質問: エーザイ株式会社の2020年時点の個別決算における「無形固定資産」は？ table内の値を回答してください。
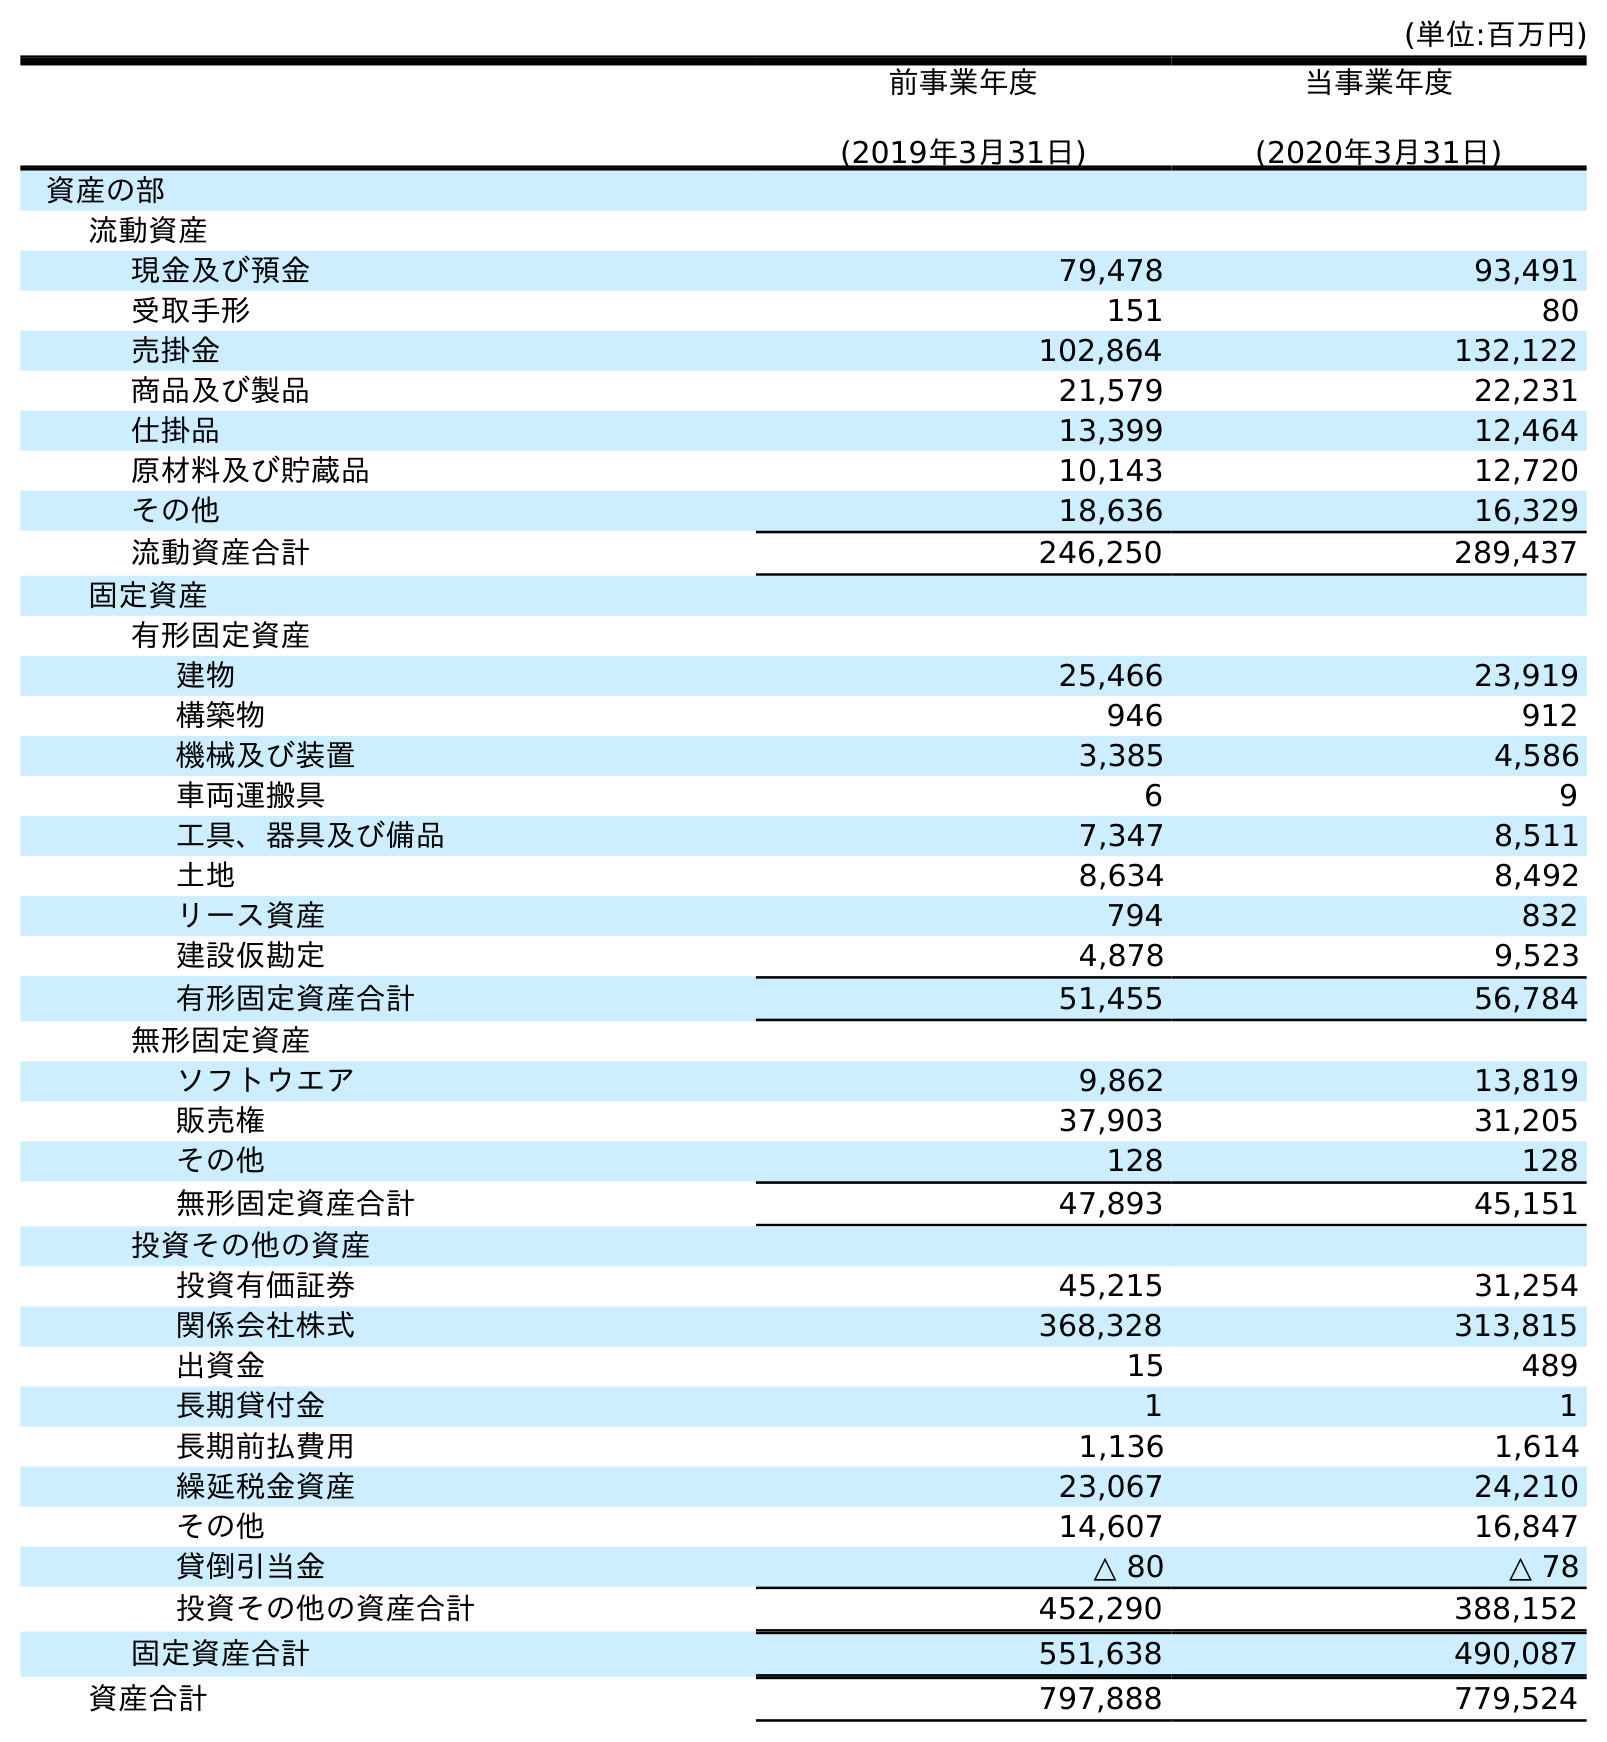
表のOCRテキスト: (単位:百万円) 前事業年度 (2019年3月31日) 当事業年度 (2020年3月31日) 資産の部 流動資産 現金及び預金 79,478 93,491 受取手形 151 80 売掛金 102,864 132,122 商品及び製品 21,579 22,231 仕掛品 13,399 12,464 原材料及び貯蔵品 10,143 12,720 その他 18,636 16,329 流動資産合計 246,250 289,437 固定資産 有形固定資産 建物 25,466 23,919 構築物 946 912 機械及び装置 3,385 4,586 車両運搬具 6 9 工具、器具及び備品 7,347 8,511 土地 8,634 8,492 リース資産 794 832 建設仮勘定 4,878 9,523 有形固定資産合計 51,455 56,784 無形固定資産 ソフトウエア 9,862 13,819 販売権 37,903 31,205 その他 128 128 無形固定資産合計 47,893 45,151 投資その他の資産 投資有価証券 45,215 31,254 関係会社株式 368,328 313,815 出資金 15 489 長期貸付金 1 1 長期前払費用 1,136 1,614 繰延税金資産 23,067 24,210 その他 14,607 16,847 貸倒引当金 △ 80 △ 78 投資その他の資産合計 452,290 388,152 固定資産合計 551,638 490,087 資産合計 797,888 779,524
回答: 45,151